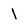
Character: 1